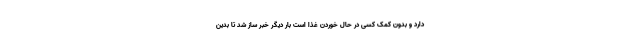
دارد و بدون کمک کسی در حال خوردن غذا است بار دیگر خبر ساز شد تا بدین